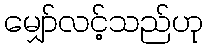
မျှော်လင့်သည်ဟု